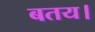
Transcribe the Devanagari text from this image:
बतय।